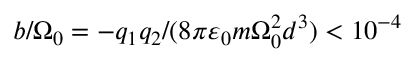
b / \Omega _ { 0 } = - q _ { 1 } q _ { 2 } / ( 8 \pi \varepsilon _ { 0 } m \Omega _ { 0 } ^ { 2 } d ^ { 3 } ) < 1 0 ^ { - 4 }